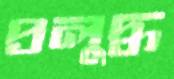
প্রলুদ্ধ